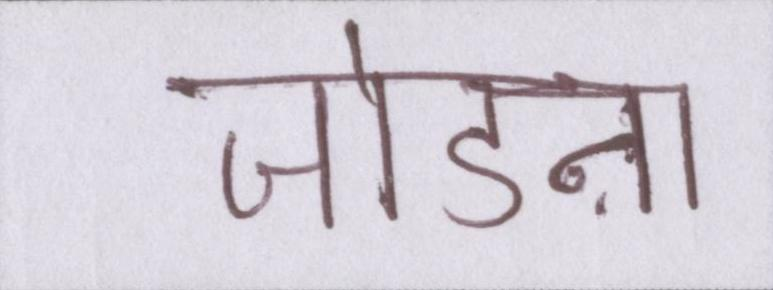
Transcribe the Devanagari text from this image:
जोडऩा